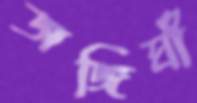
জঙ্গিঘাঁ